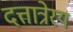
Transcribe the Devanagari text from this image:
दत्तात्रेरय